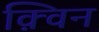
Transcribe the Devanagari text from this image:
क़्विन